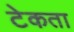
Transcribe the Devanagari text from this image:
टेकता